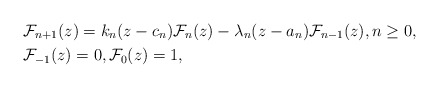
\begin{align*}& \mathcal{F}_{n+1}(z) = k_n(z-c_n)\mathcal{F}_n(z)-\lambda_n (z-a_n)\mathcal{F}_{n-1}(z), n\geq 0, \\& \mathcal{F}_{-1}(z) = 0, \mathcal{F}_0(z) = 1,\end{align*}